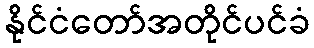
နိုင်ငံတော်အတိုင်ပင်ခံ